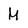
Character: M